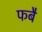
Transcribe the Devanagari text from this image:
फबै